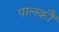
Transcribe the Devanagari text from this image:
पालकौं